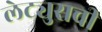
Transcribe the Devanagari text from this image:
लेट्युसची